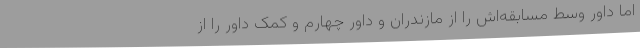
اما داور وسط مسابقه‌اش را از مازندران و داور چهارم و کمک داور را از